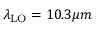
\lambda _ { \mathrm { L O } } = 1 0 . 3 \mu m